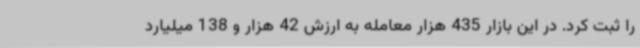
را ثبت کرد. در این بازار 435 هزار معامله به ارزش 42 هزار و 138 میلیارد